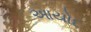
આયોદ